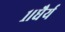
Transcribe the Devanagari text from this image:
१।धैर्य